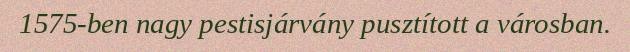
1575-ben nagy pestisjárvány pusztított a városban.